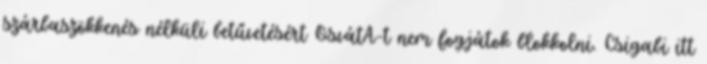
szárbaszökkenés nélküli betűvetésért OsvátA-t nem fogjátok blokkolni. Csigabi itt